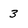
Character: 3